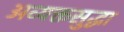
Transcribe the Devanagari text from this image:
अव्यक्तसुद्धा